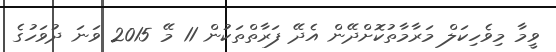
ވީމާ މިވެހިކަލް މަރާމާތުކޮށްދޭން އެދޭ ފަރާތްތަކުން 11 މޭ 2015 ވަނަ ދުވަހުގެ